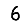
Digit: 6